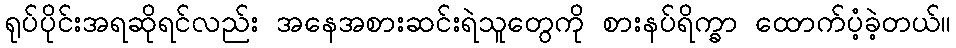
ရုပ်ပိုင်းအရဆိုရင်လည်း အနေအစားဆင်းရဲသူတွေကို စားနပ်ရိက္ခာ ထောက်ပံ့ခဲ့တယ်။